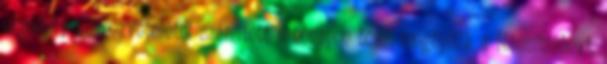
engedély kézhezvételétől számított 6 hónapon belül megépítik a létesítményt.